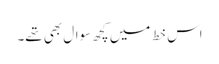
اس خط میں کچھ سوال بھی تھے۔